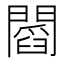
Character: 𨶒